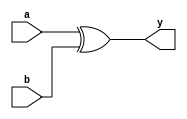
module xor_gate(input a, input b, output y);

assign y = a ^ b;

endmodule